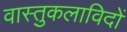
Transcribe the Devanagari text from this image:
वास्तुकलाविदों